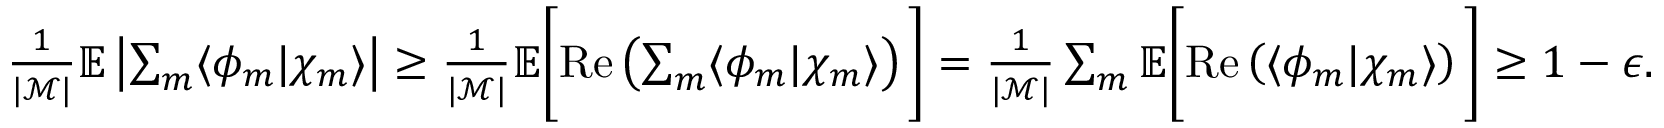
\begin{array} { r } { \frac { 1 } { | \mathcal { M } | } \mathbb { E } \left| \sum _ { m } \langle \phi _ { m } | \chi _ { m } \rangle \right| \geq \frac { 1 } { | \mathcal { M } | } \mathbb { E } \bigg [ \mathrm { R e } \left( \sum _ { m } \langle \phi _ { m } | \chi _ { m } \rangle \right) \bigg ] = \frac { 1 } { | \mathcal { M } | } \sum _ { m } \mathbb { E } \bigg [ \mathrm { R e } \left( \langle \phi _ { m } | \chi _ { m } \rangle \right) \bigg ] \geq 1 - \epsilon . } \end{array}